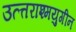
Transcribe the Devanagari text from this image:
उत्त्तराश्मयुगीन